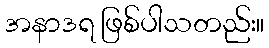
အနာဒရ ဖြစ်ပါသတည်း။